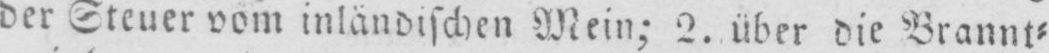
der Steuer vom inländischen Wein; 2. über die Brannt⸗